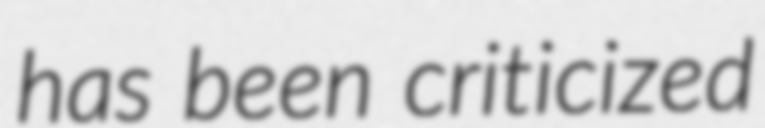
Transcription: has been criticized